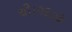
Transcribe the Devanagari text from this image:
थी।१६०३